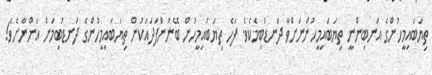
ތިޔަބައިމީހުންގެ އަނބިންނީ ތިޔަބައިމީހުންނަށްވާ ދަނޑުބިމެކެވެ. ފަހެ ތިޔަބައިމީހުން ބޭނުންފަދައަކުން ތިޔަބައިމީހުންގެ ދަނޑުބިމަށް އަންނާށެވެ!